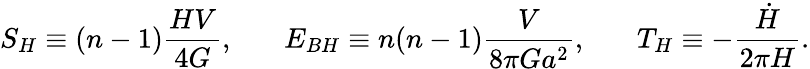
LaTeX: S_{H}\equiv(n-1){\frac{HV}{4G}},\ \ \ \ \ \ \ E_{BH}\equiv n(n-1){\frac{V}{8\pi Ga^{2}}},\ \ \ \ \ \ \ T_{H}\equiv-{\frac{\dot{H}}{2\pi H}}.